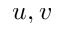
u , v